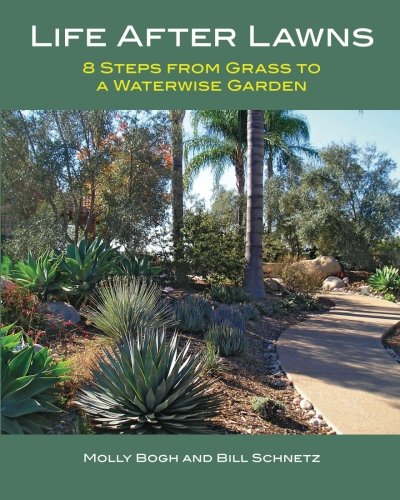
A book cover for Life After Lawns: 8 Steps from Grass to a Waterwise Garden; Molly Bogh; Crafts, Hobbies & Home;